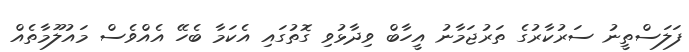
ފަލަސްތީނު ސަރުކާރުގެ ތަރުޖަމާނު އީހާބް ވިދާޅުވި ގޮތުގައި އެކަމާ ބެހޭ އެއްވެސް މައުލޫމާތެއް